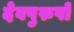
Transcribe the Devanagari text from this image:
देवपुरुषों